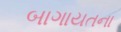
બાગાયતના